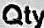
QTY